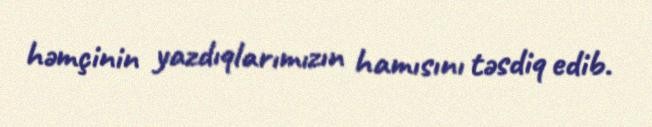
həmçinin yazdıqlarımızın hamısını təsdiq edib.